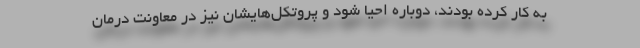
به کار کرده بودند، دوباره احیا شود و پروتکل‌هایشان نیز در معاونت درمان